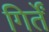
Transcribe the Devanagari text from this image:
गिर्तें